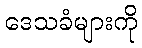
ဒေသခံများကို